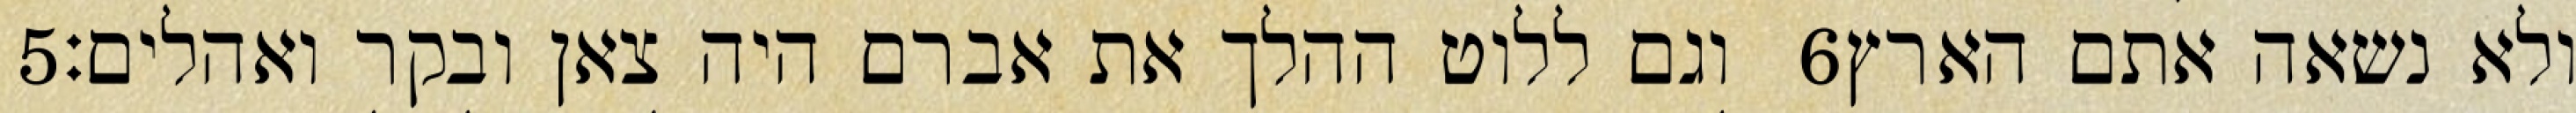
‎5‏ וגם ללוט ההלך את אברם היה צאן ובקר ואהלים׃ ‎6‏ ולא נשאה אתם הארץ